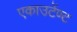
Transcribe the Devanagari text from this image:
एकाउटेंण्ट